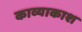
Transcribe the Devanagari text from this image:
काव्याकाश